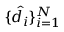
\{ \hat { d _ { i } } \} _ { i = 1 } ^ { N }